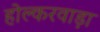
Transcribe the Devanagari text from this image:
होल्करवाड़ा